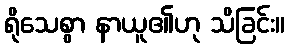
ရိုသေစွာ နာယူ၏ဟု သိခြင်း။